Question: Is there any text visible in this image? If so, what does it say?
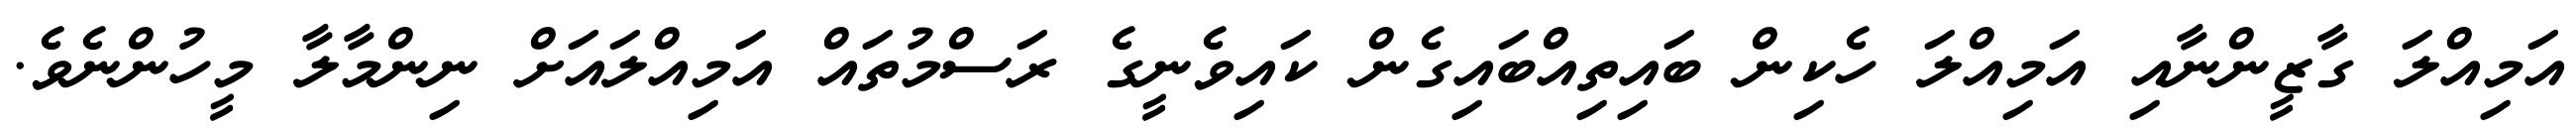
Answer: އަމިއްލަ ގާޒީންނާއި އަމިއްލަ ހެކިން ބައިތިއްބައިގެން ކައިވެނީގެ ރަސްމުތައް އަމިއްލައަށް ނިންމާލާ މީހުންނެވެ.